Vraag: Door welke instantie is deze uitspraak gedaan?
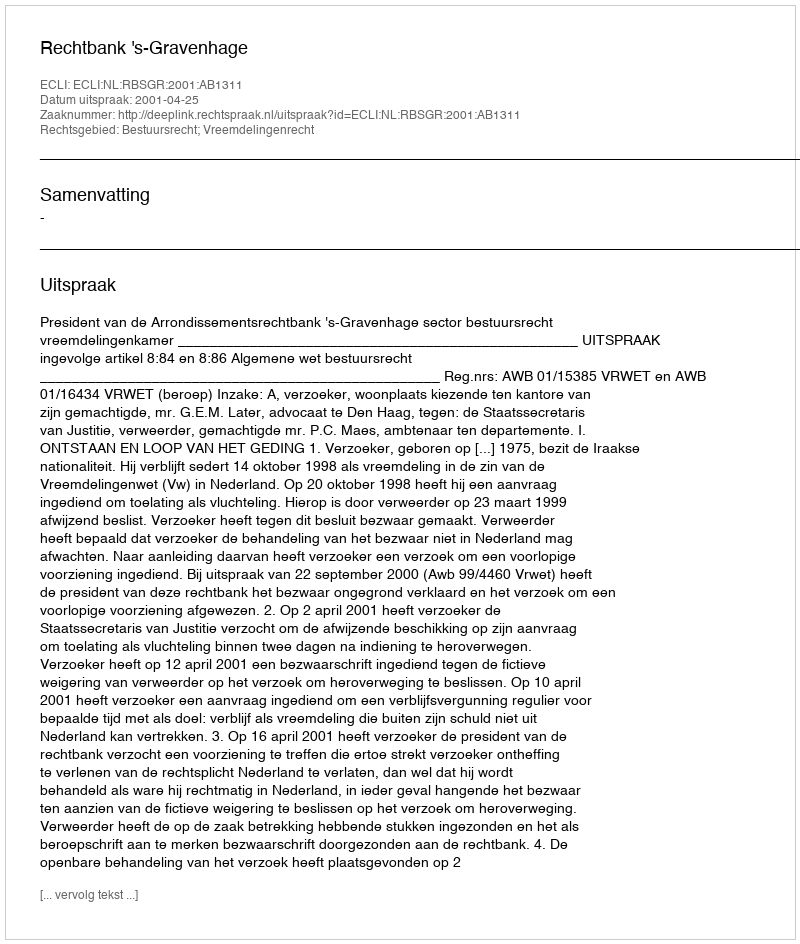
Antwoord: Rechtbank 's-Gravenhage